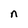
Character: n